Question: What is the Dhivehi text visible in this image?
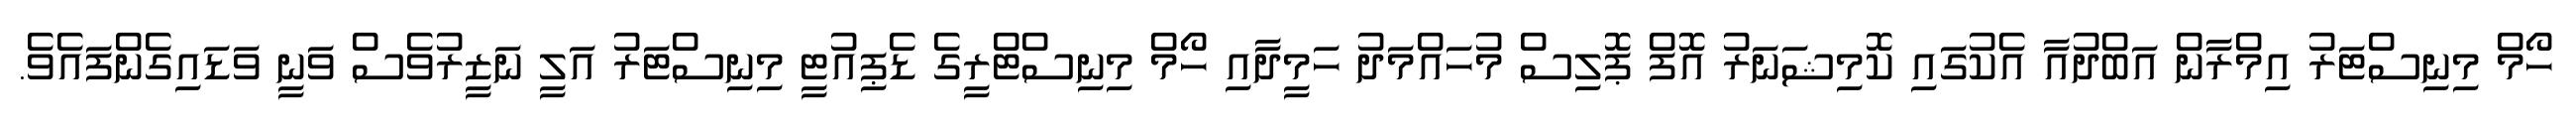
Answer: ހޯމް މިނިސްޓަރު އިމްރާން އަބްދުއާ އެކުގައި ކޮމިޝަނަރު އޮފް ޕޮލިސް މުހައްމަދު ހަމީދާއި ހޯމް މިނިސްޓްރީގެ ޑެޕިއުޓީ މިނިސްޓަރު އަލީ ނަޒީރުވެސް ވަނީ ވަޑައިގެންފައެވެ.